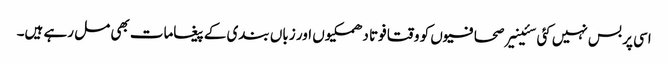
اسی پر بس نہیں کئی سئینیر صحافیوں کو وقتا فوتا دھمکیوں اور زباں بندی کے پیغامات بھی مل رہے ہیں۔